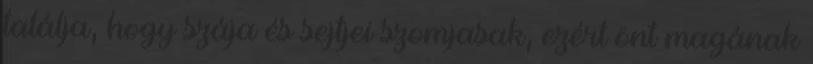
találja, hogy szája és sejtjei szomjasak, ezért önt magának